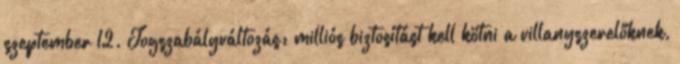
szeptember 12. Jogszabályváltozás: milliós biztosítást kell kötni a villanyszerelőknek,